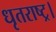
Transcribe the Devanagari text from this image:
धृतराष्ट्र।